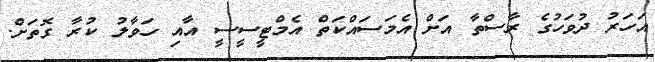
އަހަރު ދުވަހުގެ ރާސްތާ އަށް އެމަސައްކަތް އެމްޓީސީސީ އާއި ހަވާލު ކުރާ ގޮތަށް.